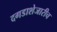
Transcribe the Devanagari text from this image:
दगडाशेजारीच